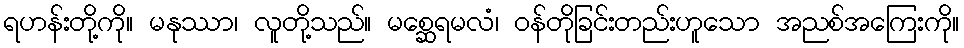
ရဟန်းတို့ကို။ မနုဿာ၊ လူတို့သည်။ မစ္ဆေရမလံ၊ ဝန်တိုခြင်းတည်းဟူသော အညစ်အကြေးကို။